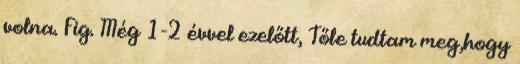
volna. Fig. Még 1-2 évvel ezelőtt, Tőle tudtam meg,hogy